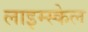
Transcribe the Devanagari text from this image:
लाइम्स्केल